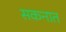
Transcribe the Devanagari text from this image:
सकनात